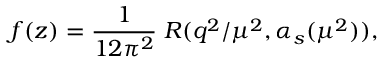
f ( z ) = \frac { 1 } { 1 2 \pi ^ { 2 } } \; R ( q ^ { 2 } / \mu ^ { 2 } , \alpha _ { s } ( \mu ^ { 2 } ) ) ,